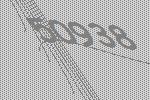
50938